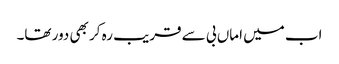
اب میں اماں بی سے قریب رہ کر بھی دور تھا۔